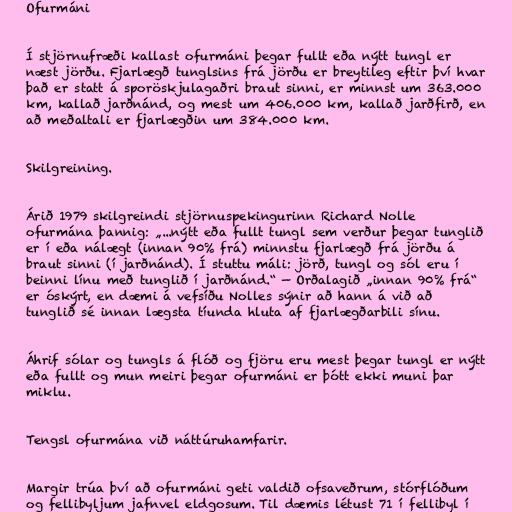
Ofurmáni

Í stjörnufræði kallast ofurmáni þegar fullt eða nýtt tungl er
næst jörðu. Fjarlægð tunglsins frá jörðu er breytileg eftir því hvar
það er statt á sporöskjulagaðri braut sinni, er minnst um 363.000
km, kallað jarðnánd, og mest um 406.000 km, kallað jarðfirð, en
að meðaltali er fjarlægðin um 384.000 km.

Skilgreining.

Árið 1979 skilgreindi stjörnuspekingurinn Richard Nolle
ofurmána þannig: „...nýtt eða fullt tungl sem verður þegar tunglið
er í eða nálægt (innan 90% frá) minnstu fjarlægð frá jörðu á
braut sinni (í jarðnánd). Í stuttu máli: jörð, tungl og sól eru í
beinni línu með tunglið í jarðnánd.“ — Orðalagið „innan 90% frá“
er óskýrt, en dæmi á vefsíðu Nolles sýnir að hann á við að
tunglið sé innan lægsta tíunda hluta af fjarlægðarbili sínu.

Áhrif sólar og tungls á flóð og fjöru eru mest þegar tungl er nýtt
eða fullt og mun meiri þegar ofurmáni er þótt ekki muni þar
miklu.

Tengsl ofurmána við náttúruhamfarir.

Margir trúa því að ofurmáni geti valdið ofsaveðrum, stórflóðum
og fellibyljum jafnvel eldgosum. Til dæmis létust 71 í fellibyl í